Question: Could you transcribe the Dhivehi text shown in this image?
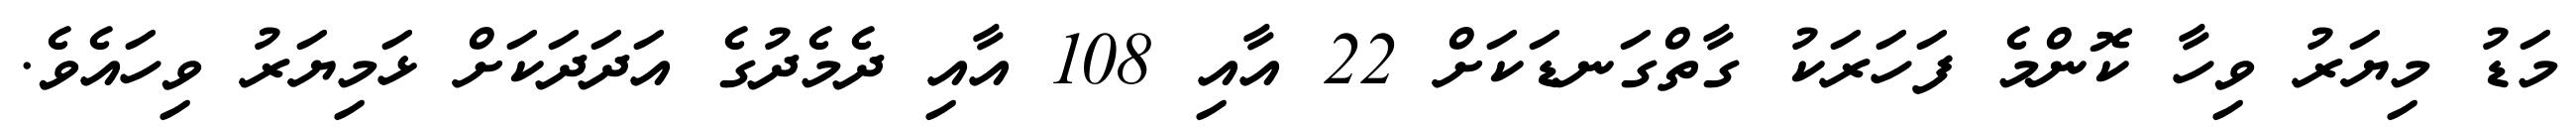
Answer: މަޑު މިޔަރު ވިހާ ކޮންމެ ފަހަރަކު ގާތްގަނޑަކަށް 22 އާއި 108 އާއި ދެމެދުގެ އަދަދަކަށް ޅަމިޔަރު ވިހައެވެ.